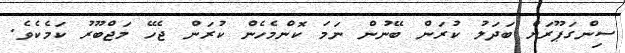
ސިންގަޕޫރަށް ބަދަލު ކުރަން ބޭނުން ނަމަ ކޮންމެހެން ކުރަން ޖެހޭ މަޖްބޫރު ކަމެކެވެ.